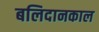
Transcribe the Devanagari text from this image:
बलिदानकाल